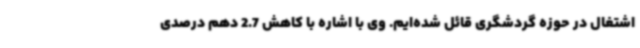
اشتغال در حوزه گردشگری قائل شده‌ایم. وی با اشاره با کاهش 2.7 دهم درصدی